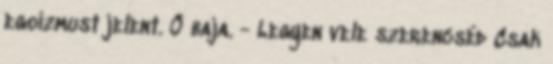
egoizmust jelent. Ő baja. - Legyen vele szerencséd Csak